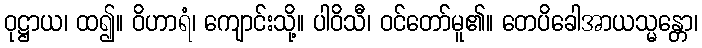
ဝုဋ္ဌာယ၊ ထ၍။ ဝိဟာရံ၊ ကျောင်းသို့။ ပါဝိသီ၊ ဝင်တော်မူ၏။ တေပိခေါအာယသ္မန္တော၊